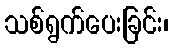
သစ်ရွက်ပေးခြင်း၊